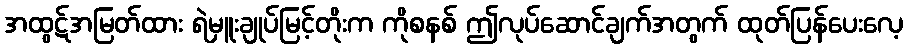
အထွဋ်အမြတ်ထား ရဲမှူးချုပ်မြင့်တိုးက ကိုစနစ် ဤလုပ်ဆောင်ချက်အတွက် ထုတ်ပြန်ပေးလေ့